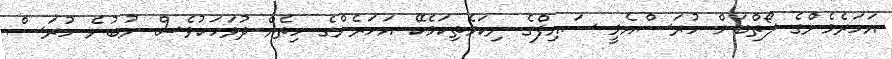
އަހަރެމެންގެ ލޯތްބަށް ހުރަސްއެޅީ ސައިފްގެ ނިކަމެތިކަމެކޭ އަހަރެންގެ ހިތެއް ދުވަހަކުވެސް ނުބުނެ ހުރަސް